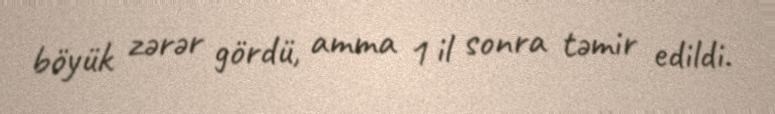
böyük zərər gördü, amma 1 il sonra təmir edildi.